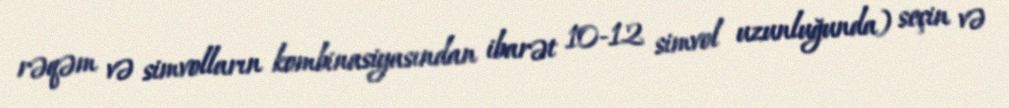
rəqəm və simvolların kombinasiyasından ibarət 10-12 simvol uzunluğunda) seçin və